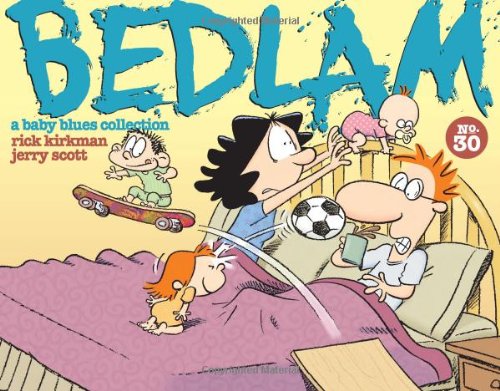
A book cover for Bedlam; Rick Kirkman; Comics & Graphic Novels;